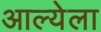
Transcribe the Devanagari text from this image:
आल्येला